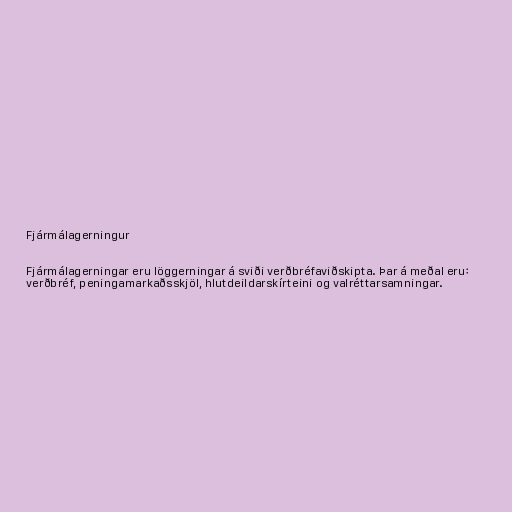
Fjármálagerningur

Fjármálagerningar eru löggerningar á sviði verðbréfaviðskipta. Þar á meðal eru:
verðbréf, peningamarkaðsskjöl, hlutdeildarskírteini og valréttarsamningar.